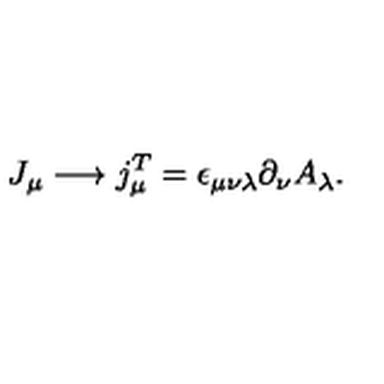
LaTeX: \, J _ { \mu } \longrightarrow j _ { \mu } ^ { T } = \epsilon _ { \mu \nu \lambda } \partial _ { \nu } A _ { \lambda } .